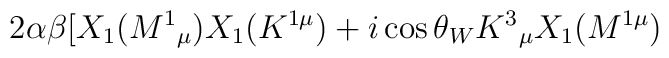
2\alpha \beta \lbrack X_{1}(M^{1}{}_{\mu })X_{1}(K^{1\mu })+i\cos \theta_{W}K^{3}{}_{\mu }X_{1}(M^{1\mu })